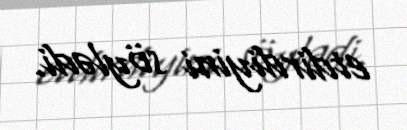
etdirdiyini söylədi.